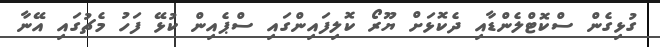
ގުޅިގެން ސްކޮޓްލެންޑާއި ދެކޮޅަށް ޔޫރޯ ކޮލިފައިންގައި ސްޕެއިން ކުޅޭ ފަހު މެޗުގައި އޭނާ